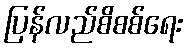
ပြန်လည်စိစစ်ရေး